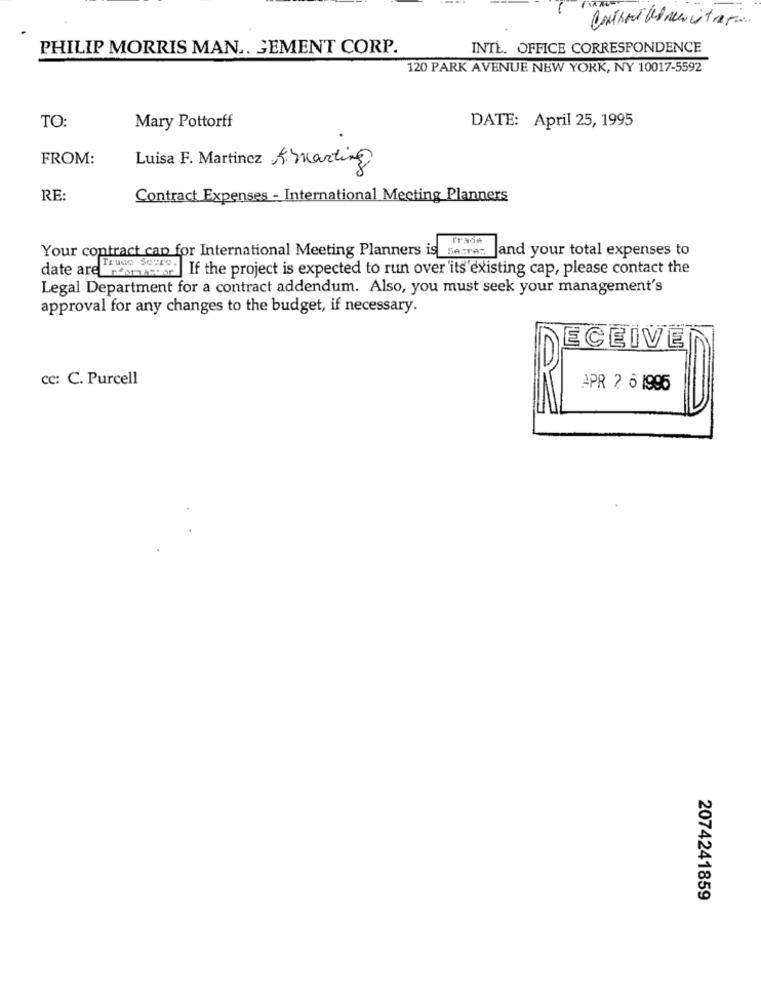
Contract abreu istra pas.
PHILIP MORRIS MAN .. GEMENT CORP.
INTE. OFFICE CORRESPONDENCE
120 PARK AVENUE NEW YORK, NY 10017-5592
TO:
Mary Pottorff
DATE: April 25, 1995
FROM:
Luisa F. Martinez Amarting
RE
Contract Expenses - International Mecting Planners
Your contract can for International Meeting Planners is serre :. Jand your total expenses to
date are Acd
Truco Soure. If the project is expected to run over 'its'existing cap, please contact the
Legal Department for a contract addendum. Also, you must seek your management's
approval for any changes to the budget, if necessary.
ECEIVE
cc: C. Purcell
APR 2 6 1996
2074241859